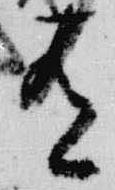
有